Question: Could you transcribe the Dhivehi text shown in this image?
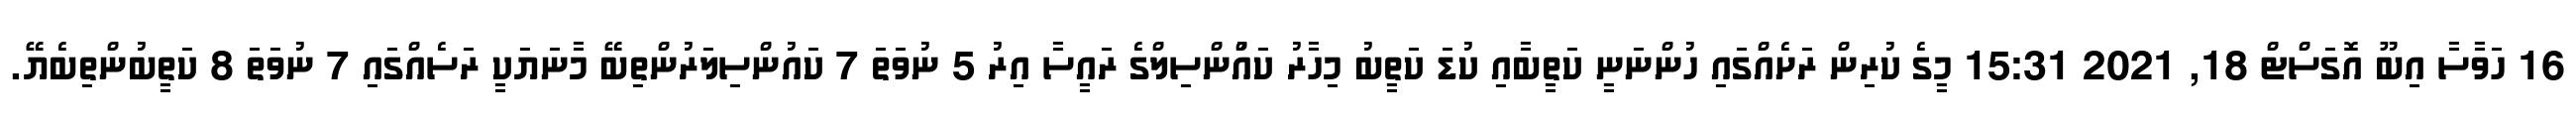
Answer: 16 ހަވާސާ އިބޫ އޮގަސްޓް 18, 2021 15:31 މީގެ ކުރިން ރަށެއްގައި ހުންނަނީ ކަތީބާއި ކުޑަ ކަތީބު މިހާރު ކައުްންސިލްގެ ރައީސާ އިރު 5 ނުވަތަ 7 ކައުންސިލަރުންތިބޭ މާނަޔަކީ ރަސެއްގައި 7 ނުވަތަ 8 ކަތީބުންތިބެޔޭ.